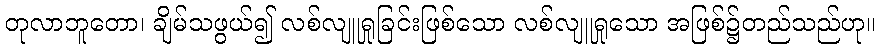
တုလာဘူတော၊ ချိမ်သဖွယ်၍ လစ်လျူရှုခြင်းဖြစ်သော လစ်လျူရှုသော အဖြစ်၌တည်သည်ဟု။